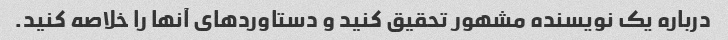
درباره یک نویسنده مشهور تحقیق کنید و دستاوردهای آنها را خلاصه کنید.